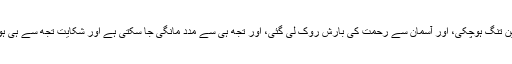
آزمائش عظیم ہوچکی، اور خفیہ دکھ ظاہر ہوچکے، اور پردے ہٹ چکے، اور امید ٹوٹ چکی، اور زمین تنگ ہوچکی، اور آسمان سے رحمت کی بارش روک لی گئی، اور تجھ ہی سے مدد مانگی جا سکتی ہے اور شکایت تجھ سے ہی ہوسکتی ہے، اور بھروسا ـ خواہ دشواریوں میں خواہ آسانیوں میں ـ تجھ ہی پر کیا جا سکتا ہے؛ اے معبود!